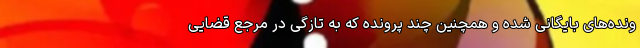
ونده‌های بایگانی شده و همچنین چند پرونده که به تازگی در مرجع قضایی